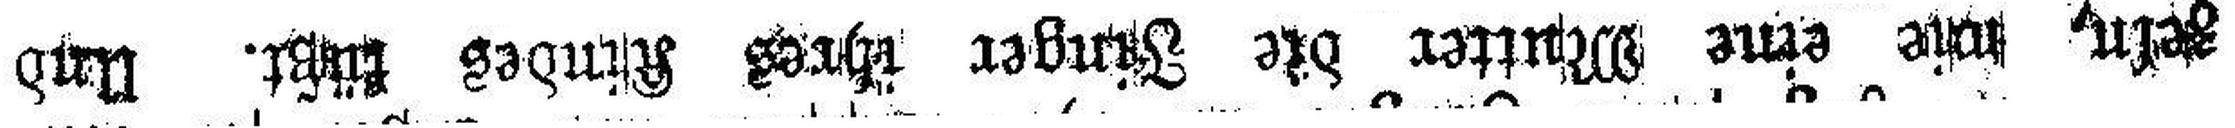
zeln, wie eine Mutter die Finger ihres Kindes küßt. Und